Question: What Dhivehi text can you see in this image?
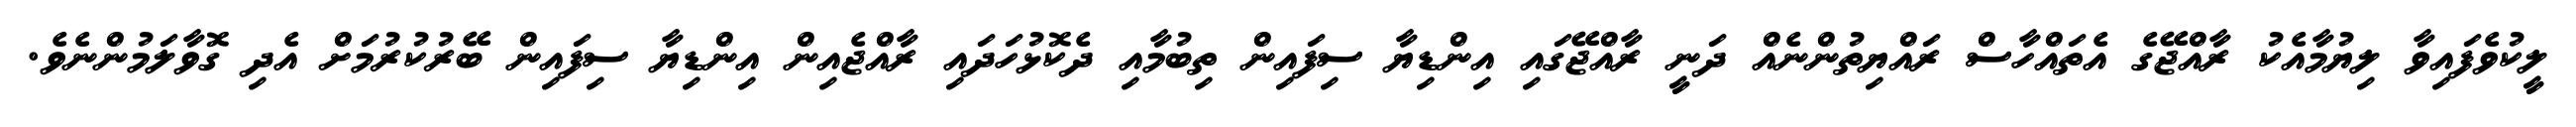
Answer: ލީކުވެފައިވާ ލިޔުމާއެކު ރާއްޖޭގެ އެތައްހާސް ރައްޔިތުންނެއް ދަނީ ރާއްޖޭގައި އިންޑިޔާ ސިފައިން ތިބުމާއި ދެކޮޅުހަދައި ރާއްޖެއިން އިންޑިޔާ ސިފައިން ބޭރުކުރުމަށް އެދި ގޮވާލަމުންނެވެ.